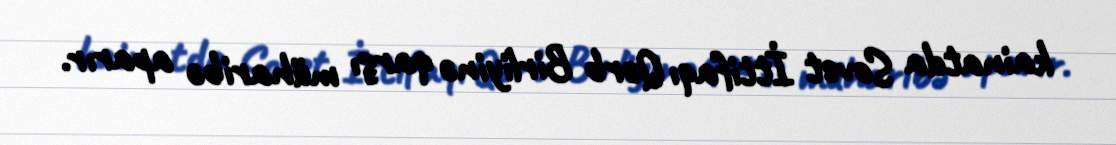
kainatda Sovet İttifaqı Qərb Birliyinə qarşı müharibə aparır.